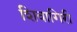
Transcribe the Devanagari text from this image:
शिवागिरी